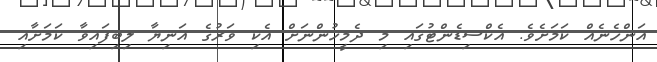
އަންހެނެއް ކަމަށެވެ. އެކްސިޑެންޓުގައި މި ދެމީހުންނަށް އެކި ވަރުގެ އަނިޔާ ލިބިފައިވާ ކަމަށާއި